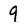
Character: 9